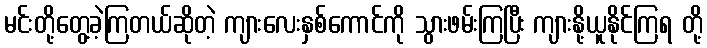
မင်းတို့တွေ့ခဲ့ကြတယ်ဆိုတဲ့ ကျားလေးနှစ်ကောင်ကို သွားဖမ်းကြပြီး ကျားနို့ယူနိုင်ကြရ တို့